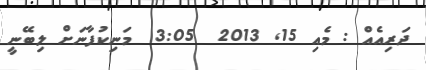
ދަރިއެއް : މެއި 15